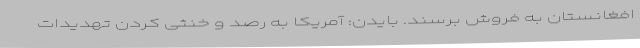
افغانستان به فروش برسند. بایدن: آمریکا به رصد و خنثی کردن تهدیدات